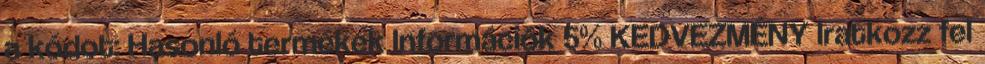
a kódot: Hasonló termékek Információk 5% KEDVEZMÉNY Iratkozz fel